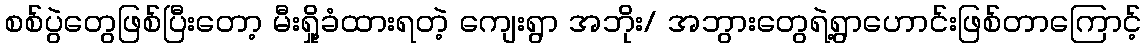
စစ်ပွဲတွေဖြစ်ပြီးတော့ မီးရှို့ခံထားရတဲ့ ကျေးရွာ အဘိုး/ အဘွားတွေရဲ့ရွာဟောင်းဖြစ်တာကြောင့်